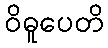
ဝိဓူပေတိ